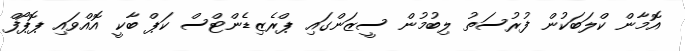
އޮމާން ކްލަބަކުން ފުރުސަތު ލިބުމުން ސީޒަންގައި ޕްރެޒިޑެންޓްސް ކަޕް ބާކީ އޮއްވައި ޕޮޕޯފް